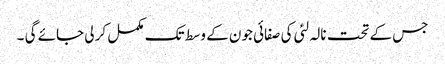
جس کے تحت نالہ لئی کی صفائی جون کے وسط تک مکمل کر لی جائے گی ۔